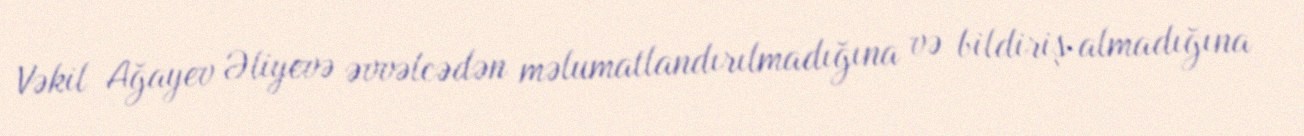
Vəkil Ağayev Əliyevə əvvəlcədən məlumatlandırılmadığına və bildiriş almadığına